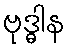
ဗုဒ္ဓါန